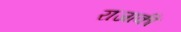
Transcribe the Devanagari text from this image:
राजाकी